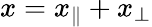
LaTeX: x=x_{\parallel}+x_{\perp}